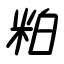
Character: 粕